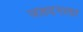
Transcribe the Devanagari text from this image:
जलदगत्या